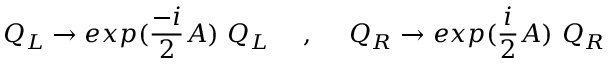
Q _ { L } \rightarrow e x p ( { \frac { - i } { 2 } } A ) ~ Q _ { L } ~ ~ ~ ~ , ~ ~ ~ ~ Q _ { R } \rightarrow e x p ( { \frac { i } { 2 } } A ) ~ Q _ { R } ~ ~ ~ ~